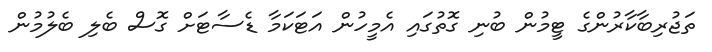
ތަޖުރިބާކާރުންގެ ޓީމުން ބުނި ގޮތުގައި އެމީހުން އަޓަކަމާ ޑެސާޓަށް ގޮސް ބެލި ބެލުމުން